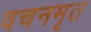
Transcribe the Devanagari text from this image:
वचनमृत